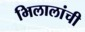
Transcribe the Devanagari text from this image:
भिलालांची